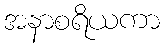
အနာစရိယကာ